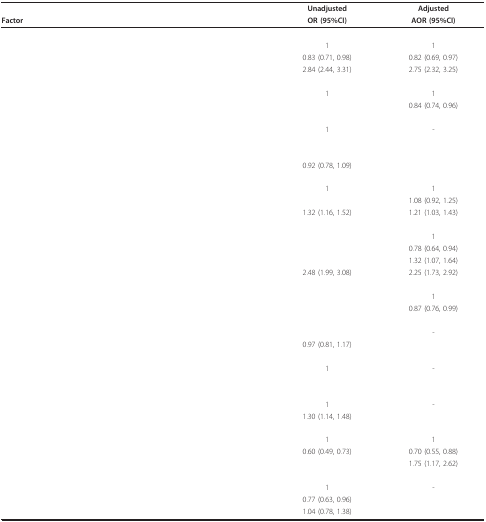
<table><thead><tr><td>[EMPTY_CELL]</td><td><b>Unadjusted</b></td><td><b>Adjusted</b></td></tr><tr><td><b>Factor</b></td><td><b>OR (95%CI)</b></td><td><b>AOR (95%CI)</b></td></tr></thead><tbody><tr><td>[EMPTY_CELL]</td><td>[EMPTY_CELL]</td><td>[EMPTY_CELL]</td></tr><tr><td>[EMPTY_CELL]</td><td>1</td><td>1</td></tr><tr><td>[EMPTY_CELL]</td><td>0.83 (0.71, 0.98)</td><td>0.82 (0.69, 0.97)</td></tr><tr><td>[EMPTY_CELL]</td><td>2.84 (2.44, 3.31)</td><td>2.75 (2.32, 3.25)</td></tr><tr><td>[EMPTY_CELL]</td><td>[EMPTY_CELL]</td><td>[EMPTY_CELL]</td></tr><tr><td>[EMPTY_CELL]</td><td>1</td><td>1</td></tr><tr><td>[EMPTY_CELL]</td><td>[EMPTY_CELL]</td><td>0.84 (0.74, 0.96)</td></tr><tr><td>[EMPTY_CELL]</td><td>[EMPTY_CELL]</td><td>[EMPTY_CELL]</td></tr><tr><td>[EMPTY_CELL]</td><td>1</td><td>-</td></tr><tr><td>[EMPTY_CELL]</td><td>[EMPTY_CELL]</td><td>[EMPTY_CELL]</td></tr><tr><td>[EMPTY_CELL]</td><td>[EMPTY_CELL]</td><td>[EMPTY_CELL]</td></tr><tr><td>[EMPTY_CELL]</td><td>0.92 (0.78, 1.09)</td><td>[EMPTY_CELL]</td></tr><tr><td>[EMPTY_CELL]</td><td>[EMPTY_CELL]</td><td>[EMPTY_CELL]</td></tr><tr><td>[EMPTY_CELL]</td><td>1</td><td>1</td></tr><tr><td>[EMPTY_CELL]</td><td>[EMPTY_CELL]</td><td>1.08 (0.92, 1.25)</td></tr><tr><td>[EMPTY_CELL]</td><td>1.32 (1.16, 1.52)</td><td>1.21 (1.03, 1.43)</td></tr><tr><td>[EMPTY_CELL]</td><td>[EMPTY_CELL]</td><td>[EMPTY_CELL]</td></tr><tr><td>[EMPTY_CELL]</td><td>[EMPTY_CELL]</td><td>1</td></tr><tr><td>[EMPTY_CELL]</td><td>[EMPTY_CELL]</td><td>0.78 (0.64, 0.94)</td></tr><tr><td>[EMPTY_CELL]</td><td>[EMPTY_CELL]</td><td>1.32 (1.07, 1.64)</td></tr><tr><td>[EMPTY_CELL]</td><td>2.48 (1.99, 3.08)</td><td>2.25 (1.73, 2.92)</td></tr><tr><td>[EMPTY_CELL]</td><td>[EMPTY_CELL]</td><td>[EMPTY_CELL]</td></tr><tr><td>[EMPTY_CELL]</td><td>[EMPTY_CELL]</td><td>1</td></tr><tr><td>[EMPTY_CELL]</td><td>[EMPTY_CELL]</td><td>0.87 (0.76, 0.99)</td></tr><tr><td>[EMPTY_CELL]</td><td>[EMPTY_CELL]</td><td>[EMPTY_CELL]</td></tr><tr><td>[EMPTY_CELL]</td><td>[EMPTY_CELL]</td><td>-</td></tr><tr><td>[EMPTY_CELL]</td><td>0.97 (0.81, 1.17)</td><td>[EMPTY_CELL]</td></tr><tr><td>[EMPTY_CELL]</td><td>[EMPTY_CELL]</td><td>[EMPTY_CELL]</td></tr><tr><td>[EMPTY_CELL]</td><td>1</td><td>-</td></tr><tr><td>[EMPTY_CELL]</td><td>[EMPTY_CELL]</td><td>[EMPTY_CELL]</td></tr><tr><td>[EMPTY_CELL]</td><td>[EMPTY_CELL]</td><td>[EMPTY_CELL]</td></tr><tr><td>[EMPTY_CELL]</td><td>1</td><td>-</td></tr><tr><td>[EMPTY_CELL]</td><td>1.30 (1.14, 1.48)</td><td>[EMPTY_CELL]</td></tr><tr><td>[EMPTY_CELL]</td><td>[EMPTY_CELL]</td><td>[EMPTY_CELL]</td></tr><tr><td>[EMPTY_CELL]</td><td>1</td><td>1</td></tr><tr><td>[EMPTY_CELL]</td><td>0.60 (0.49, 0.73)</td><td>0.70 (0.55, 0.88)</td></tr><tr><td>[EMPTY_CELL]</td><td>[EMPTY_CELL]</td><td>1.75 (1.17, 2.62)</td></tr><tr><td>[EMPTY_CELL]</td><td>[EMPTY_CELL]</td><td>[EMPTY_CELL]</td></tr><tr><td>[EMPTY_CELL]</td><td>1</td><td>-</td></tr><tr><td>[EMPTY_CELL]</td><td>0.77 (0.63, 0.96)</td><td>[EMPTY_CELL]</td></tr><tr><td>[EMPTY_CELL]</td><td>1.04 (0.78, 1.38)</td><td>[EMPTY_CELL]</td></tr></tbody></table>